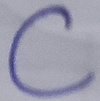
Text: C